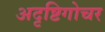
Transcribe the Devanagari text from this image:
अदृष्टिगोचर